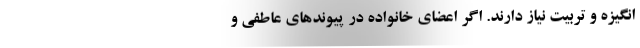
انگیزه و تربیت نیاز دارند. اگر اعضای خانواده در پیوندهای عاطفی و